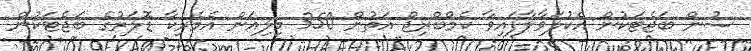
ސުން ބަޖެޓަކުން އެކުލަވާލާފައިވާ ކެމްބްރިޖް އަތުން 350 މިލިއަން އެމެރިކާ ޑޮލަރުގެ ބަޖެޓަކުން